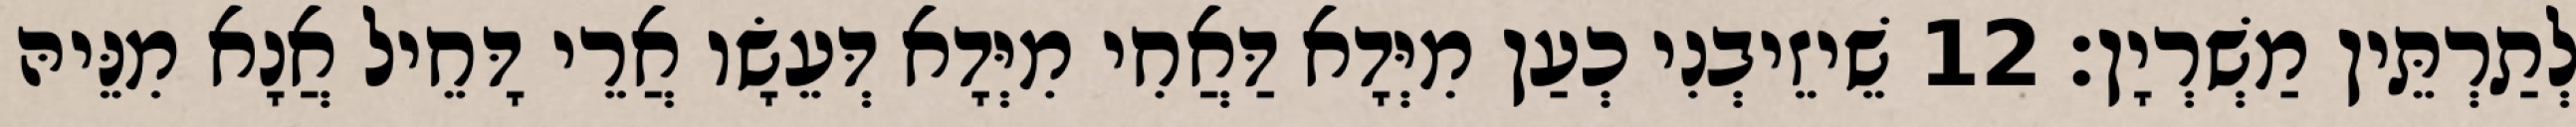
לְתַרְתֵּין מַשְׁרְיָן׃ 12 שֵׁיזֵיבְנִי כְעַן מִיְּדָא דַּאֲחִי מִיְּדָא דְּעֵשָׂו אֲרֵי דָּחֵיל אֲנָא מִנֵּיהּ